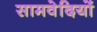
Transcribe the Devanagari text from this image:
सामवेदियों